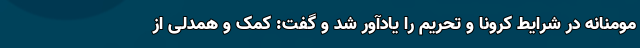
مومنانه در شرایط کرونا و تحریم را یادآور شد و گفت: کمک و همدلی از